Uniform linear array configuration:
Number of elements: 8
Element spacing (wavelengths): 0.5
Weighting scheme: exponential
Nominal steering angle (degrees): -60
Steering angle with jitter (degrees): -59.515
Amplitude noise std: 0.05
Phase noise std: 0.05

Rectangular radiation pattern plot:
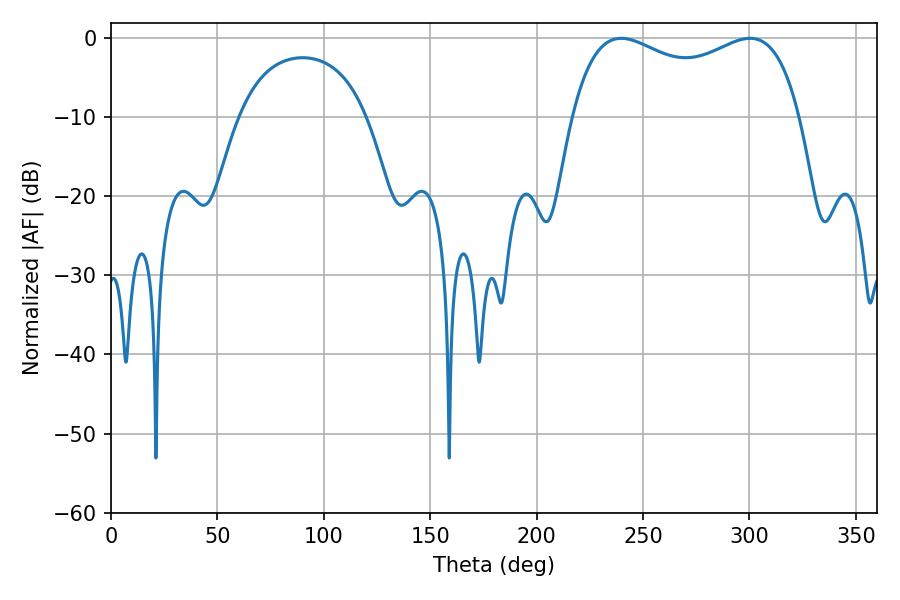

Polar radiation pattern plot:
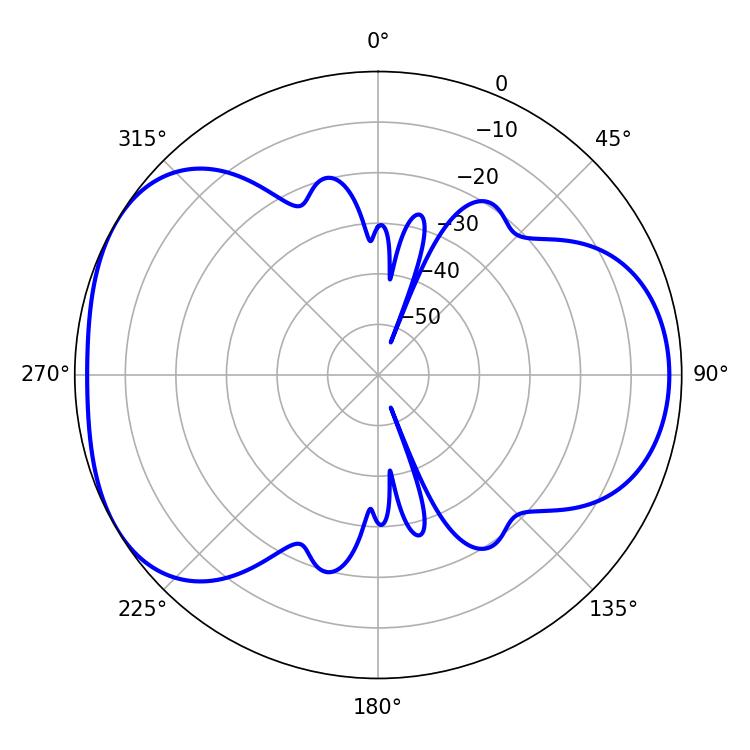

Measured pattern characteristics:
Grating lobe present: FALSE
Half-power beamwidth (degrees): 88.56
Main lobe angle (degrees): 239.76